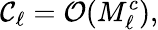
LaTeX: \mathcal{C}_{\ell}=\mathcal{{O}}(M_{\ell}^{c}),